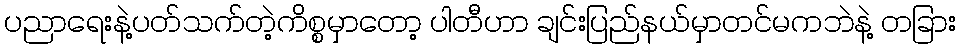
ပညာရေးနဲ့ပတ်သက်တဲ့ကိစ္စမှာတော့ ပါတီဟာ ချင်းပြည်နယ်မှာတင်မကဘဲနဲ့ တခြား